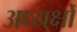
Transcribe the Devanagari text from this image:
अध्यक्षोँ